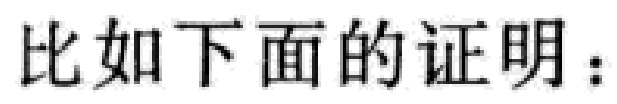
比如下面的证明：